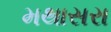
મથાસરા